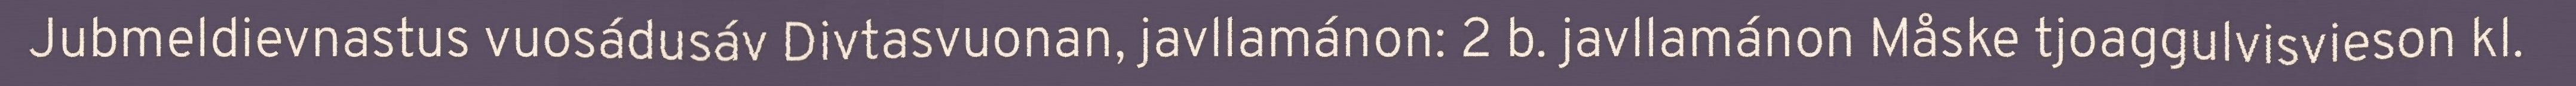
Jubmeldievnastus vuosádusáv Divtasvuonan, javllamánon: 2 b. javllamánon Måske tjoaggulvisvieson kl.